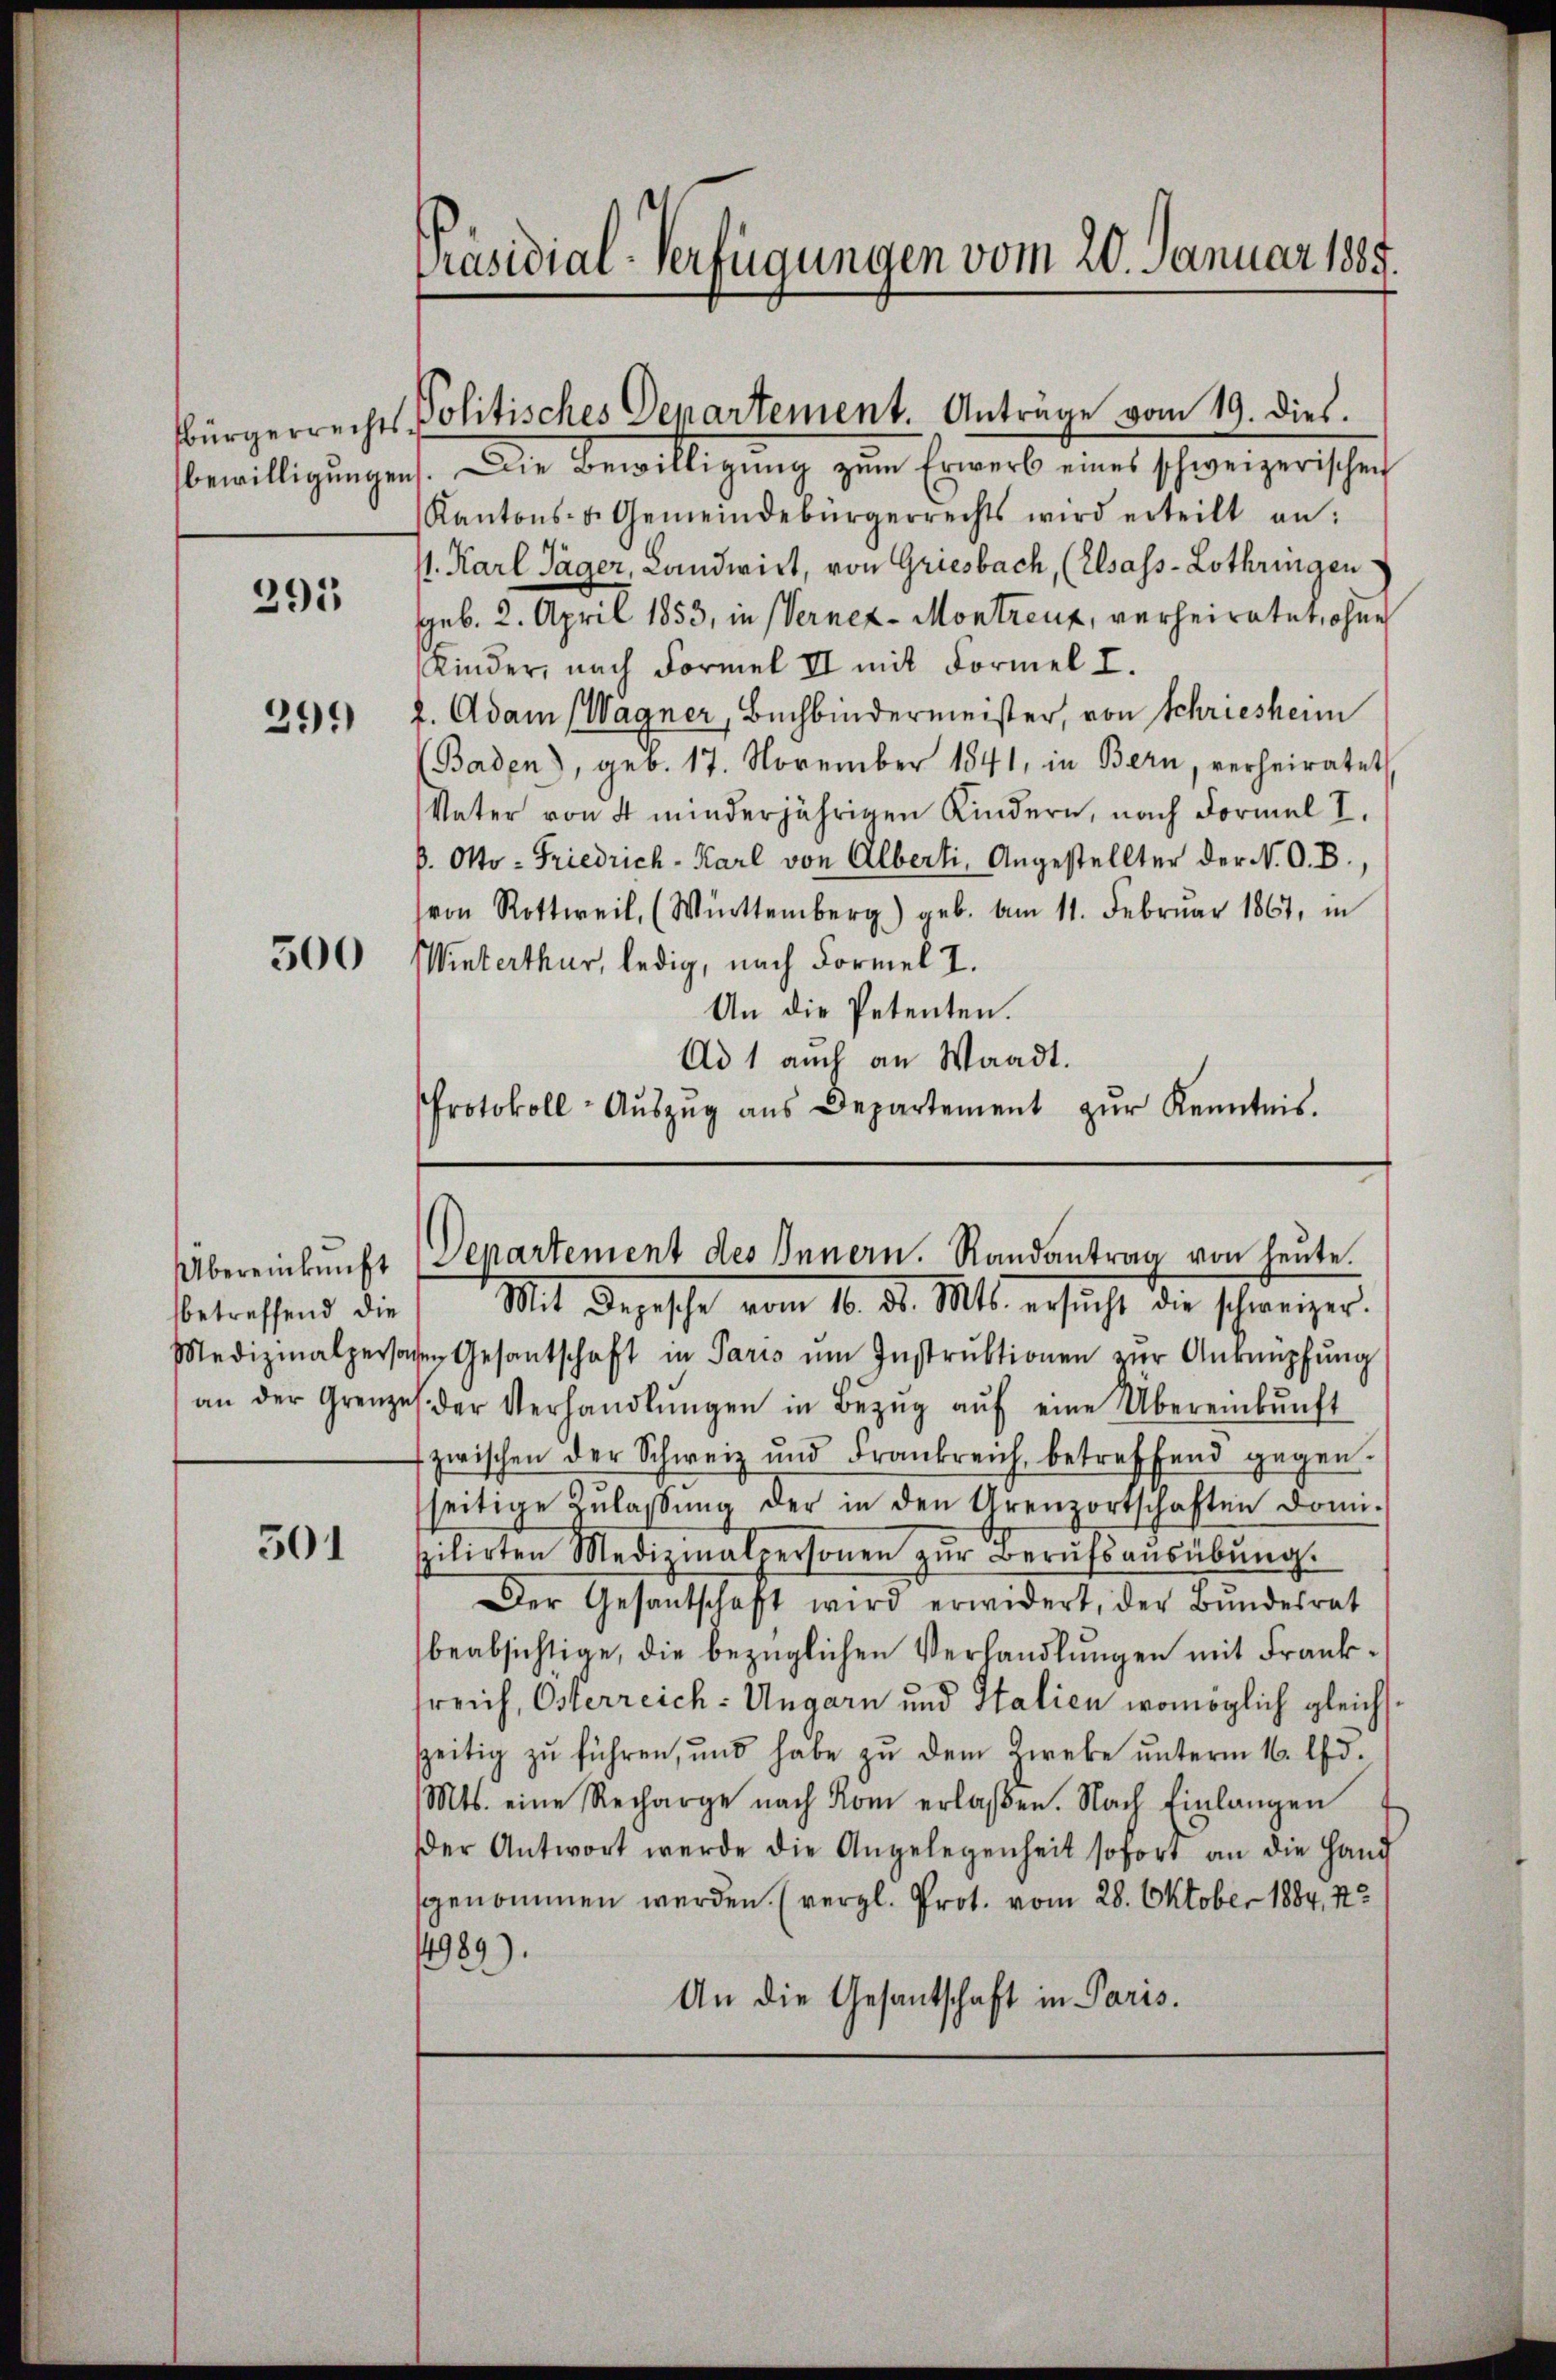
295

299)

500

betreffend die

501

Präsidial-Verfügungen vom 20. Januar 1889.

bürgerrechts Politisches Departement. Anträge vom 19. dies.

bewilligungen. Die Bewilligung zum Erwerb eines schweizerischen
Kantons- u. Gemeindebürgerrechts wird erteilt an:
/. Karl Jäger, Landwirt, von Griesbach, (Elsass-Lothringen
geb. 2. April 1853, in Verner-Montreux, verheiratet, ohne
Kinder, nach Formel II mit Formel I.
f. Adam (Wagner, Buchbindermeister, von Schriesheim
Baden), geb. 17. November 1841, in Bern, verheiratet
Vater von 4 minderjährigen Kindern, nach Formel I.
b. Otto-Friedrich-Karl von Alberti, Angestellter der N. O. B.,
von Rottweil, (Winttemberg) geb. Am 11. Febrŭar 1867, in
Winterthur, ledig, nach Formel I.
An die Petenten.
Ad 1 auch an Waadt.
Protokoll-Aŭszŭg aŭs Departement zŭr Kenntnis.

Übereinkunft Departement des Innern. Randantrag von heŭte.
Mit Depesche vom 10. d. Mts. ersucht die schweizer.

Medizinalpersonen Gesantschaft in Paris ŭm Instrŭktionen zŭr Anknüpfŭng
an der Grenzel der Verhandlŭngen in Bezŭg aŭf eine Übereinkunft
fzwischen der Schweiz und Frankreich, betreffend gegen.
seitige Zŭlassŭng der in den Grenzortschaften domi-
spilirten Medizinalpersonen zŭr Berŭfsaŭsübŭng.
Der Gesantschafft wird erwidert, der Bŭndesrat
beabsichtige, die bezüglichen Verhandlungen mit Franksreich, Osterreich-Ungarn und Italien womöglich gleichsszeitig zŭ führen, und habe zŭ dem Zweke ŭnterm 16. d.
Mts. eine Recharge nach Rom erlaßen. Nach Einlangen
Der Antwort werde die Angelegenheit sofort an die Hand
sgenommen werden. (vergl. Prot. vom 28. Oktober 1884, 112
4989).
An die Gesantschaft in Paris.